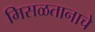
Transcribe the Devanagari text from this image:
मिसळतानाचे